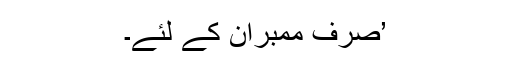
’صرف ممبران کے لئے۔